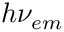
h \nu _ { e m }